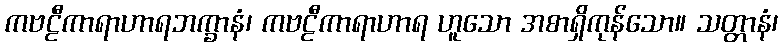
ကဗဠီကာရာဟာရဘက္ခာနံ၊ ကဗဠီကာရာဟာရ ဟူသော အစာရှိကုန်သော။ သတ္တာနံ၊